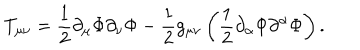
T _ { \mu \nu } = \frac { 1 } { 2 } \partial _ { \mu } \Phi \partial _ { \nu } \Phi - \frac { 1 } { 2 } g _ { \mu \nu } \left( \frac { 1 } { 2 } \partial _ { \alpha } \Phi \partial ^ { \alpha } \Phi \right) .